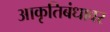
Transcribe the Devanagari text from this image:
आकृतिबंधावर